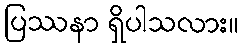
ပြဿနာ ရှိပါသလား။